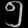
Digit: ၅